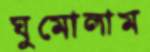
ঘুমোলাম